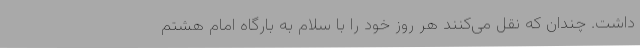
داشت. چندان که نقل می‌کنند هر روز خود را با سلام به بارگاه امام هشتم